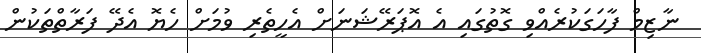
ނާޒިމް ފާހަގަކުރެއްވި ގޮތުގައި އެ އޮޕަރޭޝަނަށް އެހީތެރި ވުމަށް ހެޔޮ އެދޭ ފަރާތްތަކުން